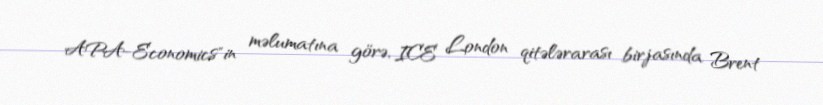
APA-Economics"in məlumatına görə, ICE London qitələrarası birjasında Brent